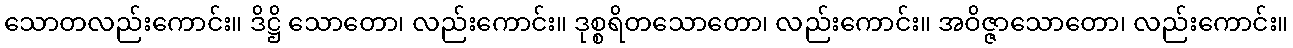
သောတလည်းကောင်း။ ဒိဋ္ဌိ သောတော၊ လည်းကောင်း။ ဒုစ္စရိတသောတော၊ လည်းကောင်း။ အဝိဇ္ဇာသောတော၊ လည်းကောင်း။